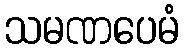
သမဏပေမံ